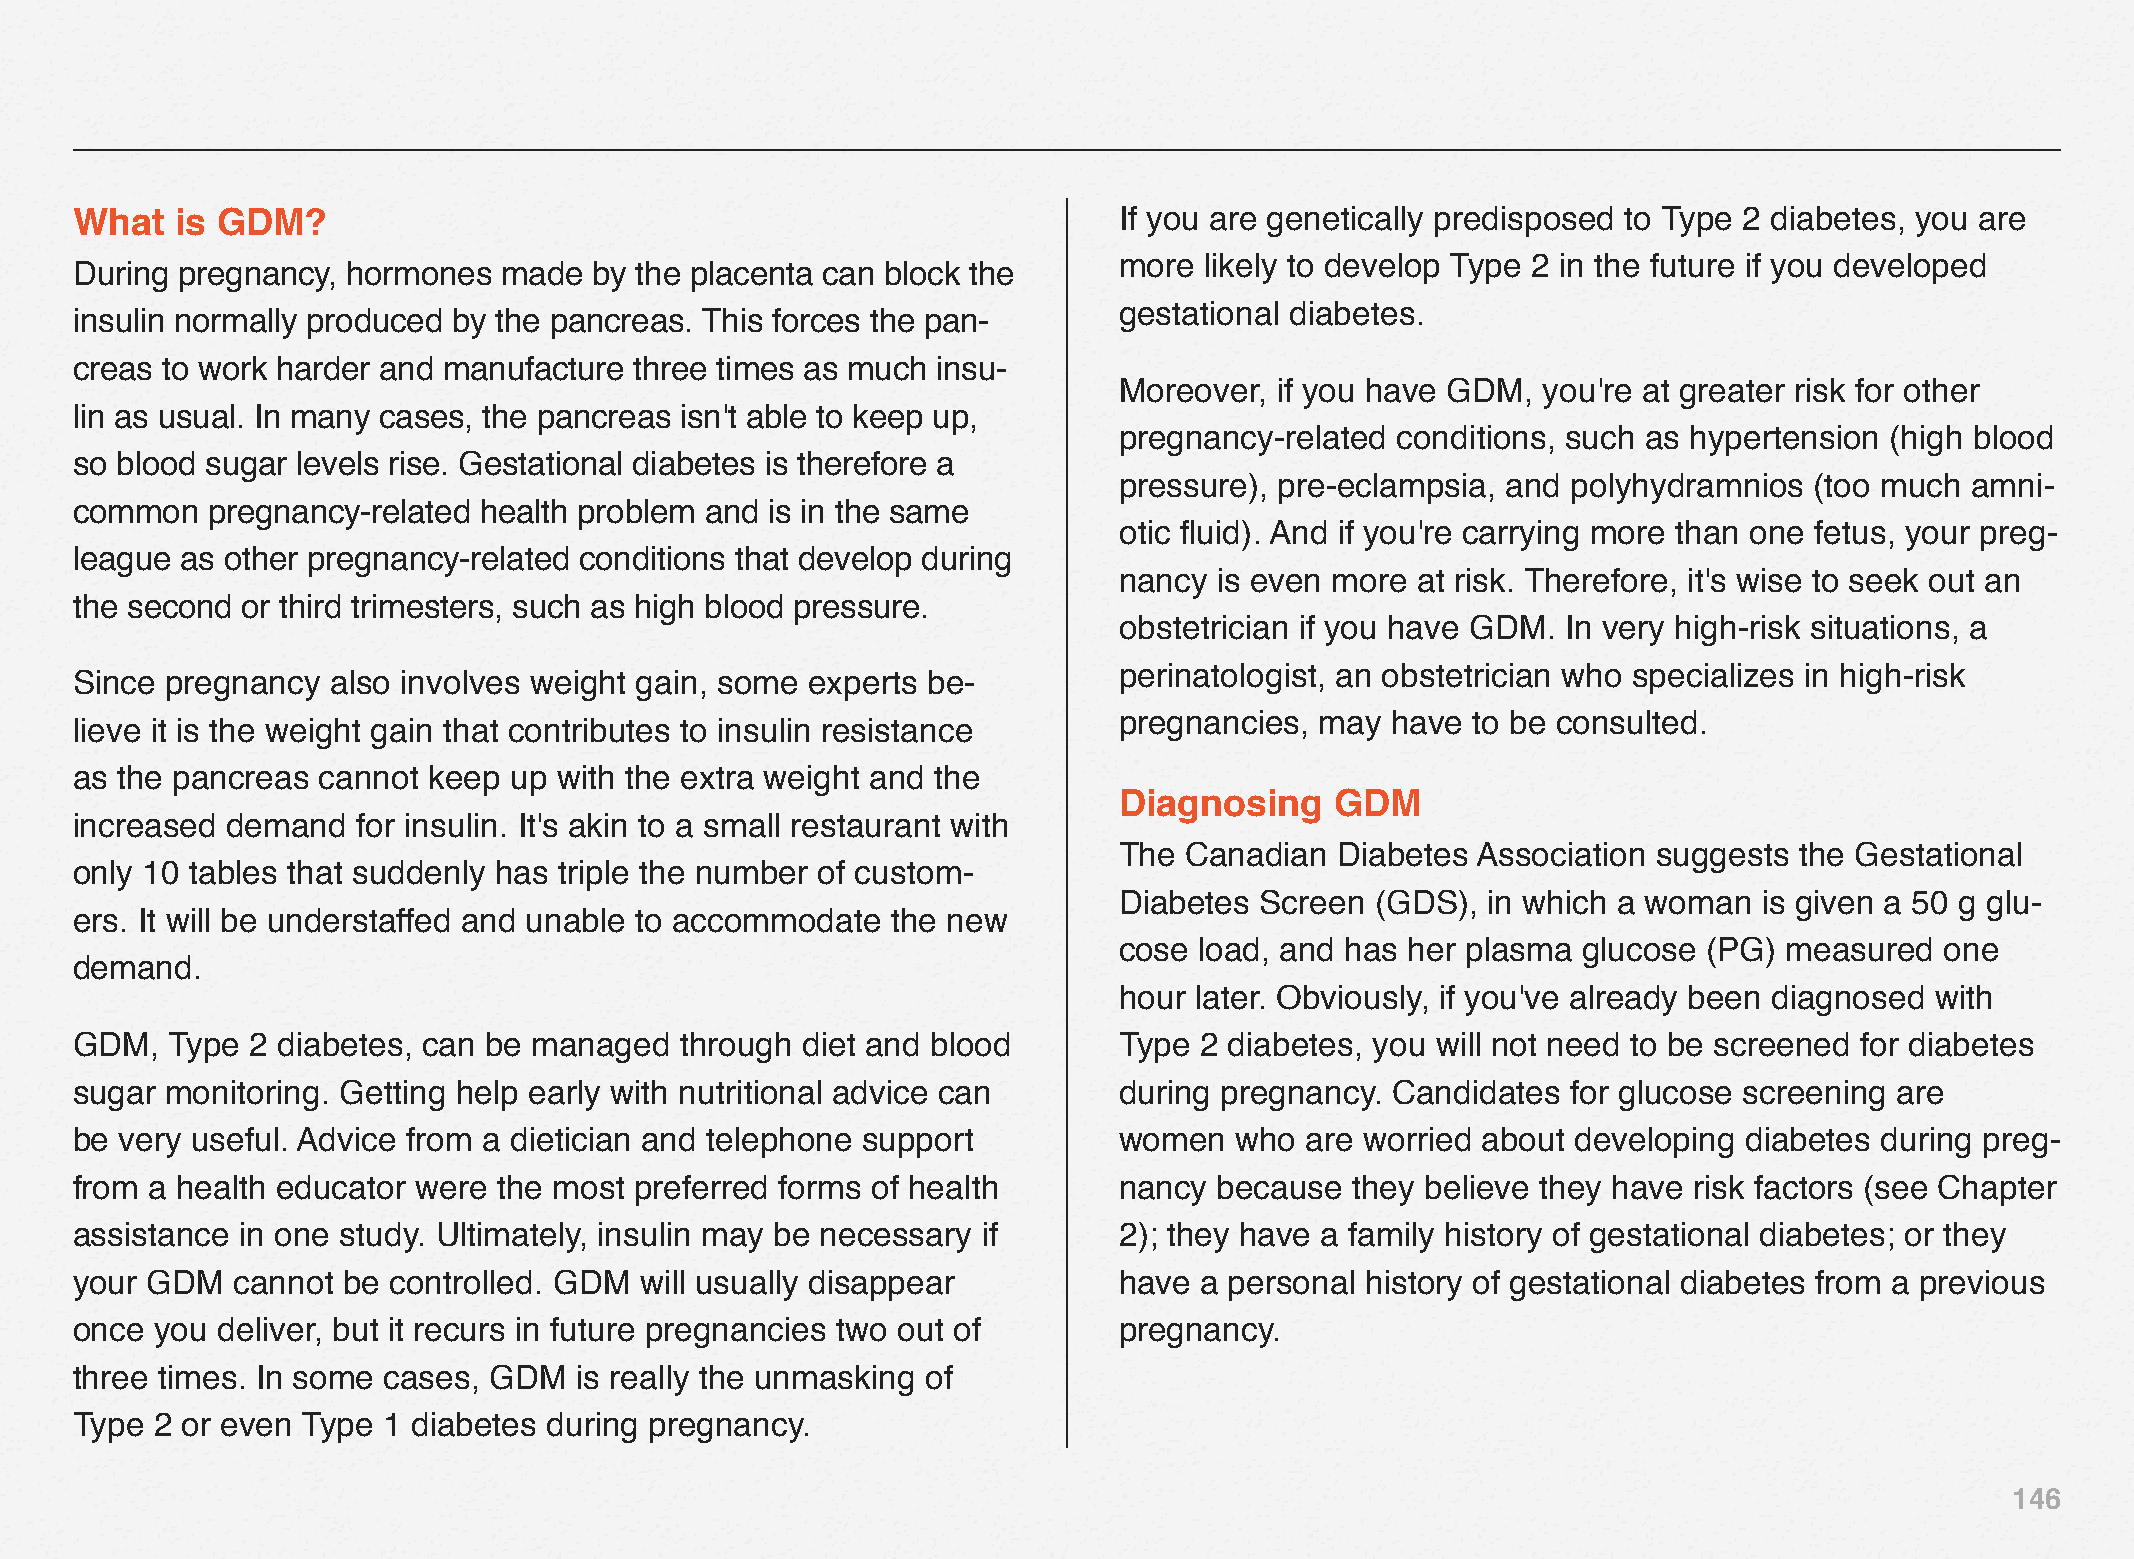
What   is GDM?                                                       If you are genetically predisposed to Type 2 diabetes, you are
 more  likely to develop Type 2 in the future if you developed
 During pregnancy, hormones  made  by the placenta can block the
 gestational diabetes.
 insulin normally produced by the pancreas. This forces the pan-
 creas to work harder and manufacture three times as much insu-
 Moreover, if you have GDM,  you're at greater risk for other
 lin as usual. In many cases, the pancreas isn't able to keep up,
 pregnancy-related conditions, such as hypertension (high blood
 so blood sugar levels rise. Gestational diabetes is therefore a
 pressure), pre-eclampsia, and polyhydramnios  (too much amni-
 common   pregnancy-related health problem and is in the same
 otic fluid). And if you're carrying more than one fetus, your preg-
 league as other pregnancy-related conditions that develop during
 nancy  is even more at risk. Therefore, it's wise to seek out an
 the second or third trimesters, such as high blood pressure.
 obstetrician if you have GDM. In very high-risk situations, a
 perinatologist, an obstetrician who specializes in high-risk
 Since pregnancy  also involves weight gain, some experts be-
 pregnancies, may  have  to be consulted.
 lieve it is the weight gain that contributes to insulin resistance
 as the pancreas cannot keep  up with the extra weight and the
 Diagnosing    GDM
 increased demand   for insulin. It's akin to a small restaurant with
 The Canadian   Diabetes Association suggests the Gestational
 only 10 tables that suddenly has triple the number of custom-
 Diabetes Screen  (GDS), in which a woman   is given a 50 g glu-
 ers. It will be understaffed and unable to accommodate the new
 cose load, and has her plasma  glucose (PG) measured   one
 demand.
 hour later. Obviously, if you've already been diagnosed with
 GDM,  Type  2 diabetes, can be managed  through diet and blood       Type 2 diabetes, you will not need to be screened for diabetes
 sugar monitoring. Getting help early with nutritional advice can     during pregnancy. Candidates  for glucose screening are
 be very useful. Advice from a dietician and telephone support        women   who are worried about developing  diabetes during preg-
 from a health educator were the most preferred forms of health       nancy  because  they believe they have risk factors (see Chapter
 assistance in one study. Ultimately, insulin may be necessary if     2); they have a family history of gestational diabetes; or they
 your GDM  cannot  be controlled. GDM will usually disappear          have a personal history of gestational diabetes from a previous
 once you deliver, but it recurs in future pregnancies two out of     pregnancy.
 three times. In some cases, GDM  is really the unmasking of
 Type 2 or even Type 1 diabetes during pregnancy.
 146